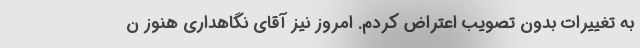
به تغییرات بدون تصویب اعتراض کردم. امروز نیز آقای نگاهداری هنوز ن